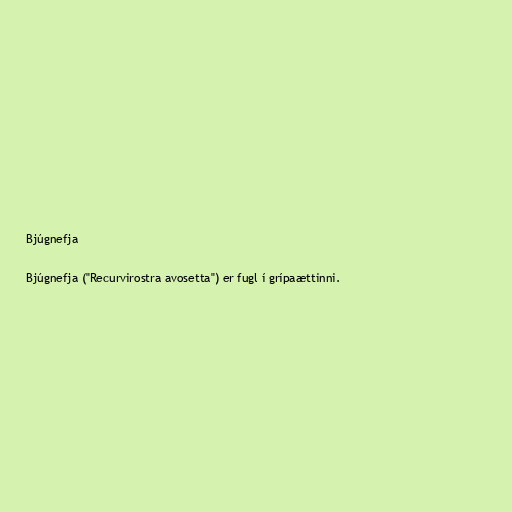
Bjúgnefja

Bjúgnefja ("Recurvirostra avosetta") er fugl í grípaættinni.